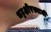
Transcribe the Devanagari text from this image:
भट्टक्षीरस्वामी